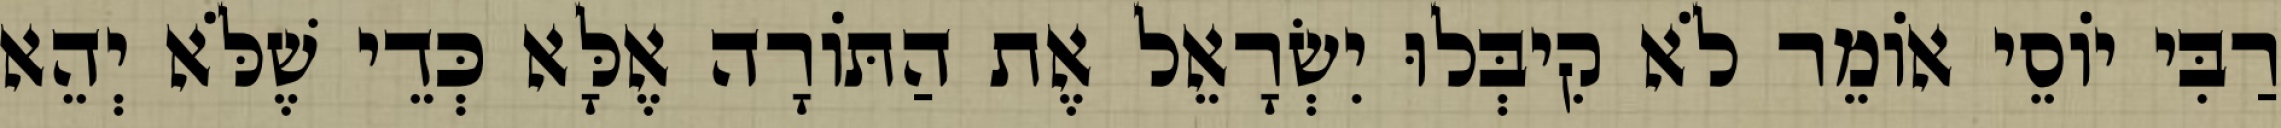
רַבִּי יוֹסֵי אוֹמֵר לֹא קִיבְּלוּ יִשְׂרָאֵל אֶת הַתּוֹרָה אֶלָּא כְּדֵי שֶׁלֹּא יְהֵא